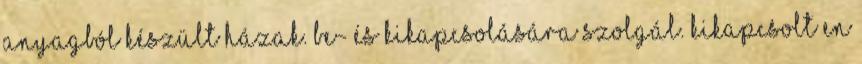
anyagból készült házak. be- és kikapcsolására szolgál. Kikapcsolt en